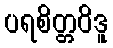
ပရစိတ္တဝိဒူ